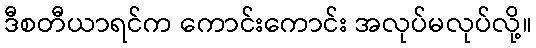
ဒီစတီယာရင်က ကောင်းကောင်း အလုပ်မလုပ်လို့။